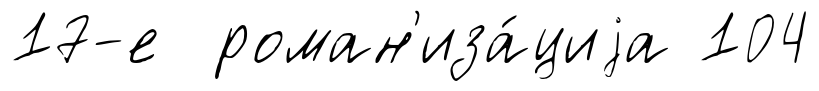
17-е роман'иза́циjа 104